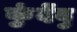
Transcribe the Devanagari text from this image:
कुंदेंदु